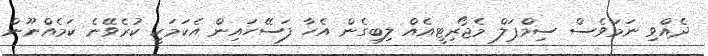
ދެއްވި ނަމަވެސް ސިމްޕަލް މެޖޯރިޓީއެއް ލިބިގެން އެހާ ފަސޭހައިން އެކަމަކީ ކުރެވޭނެ ކަމެއްނޫން